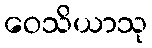
ဝေသိယာသု